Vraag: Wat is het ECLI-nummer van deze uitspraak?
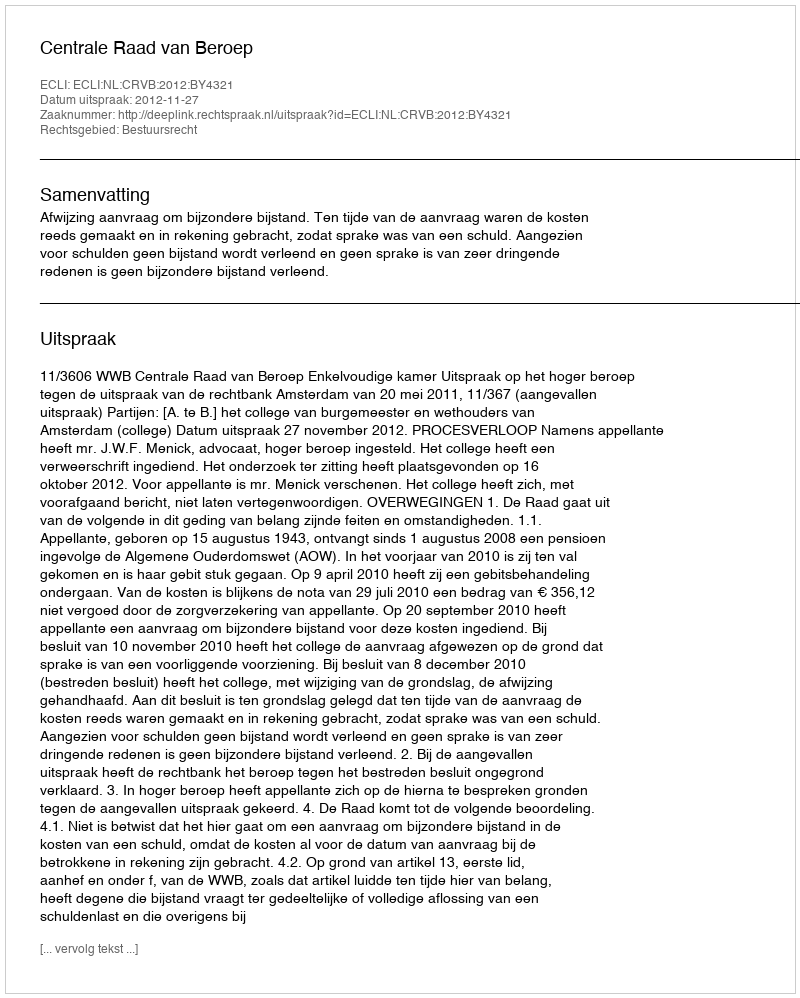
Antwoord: ECLI:NL:CRVB:2012:BY4321